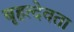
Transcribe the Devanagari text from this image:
बृहत्देवता